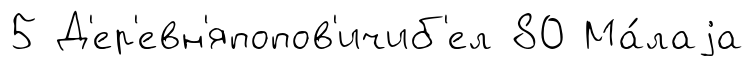
5 Д'ер'евн'япопов'ичиб'ел 80 Ма́лаjа